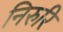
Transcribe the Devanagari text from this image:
निरुरि